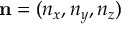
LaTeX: \mathbf { n } = ( n _ { x } , n _ { y } , n _ { z } )